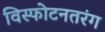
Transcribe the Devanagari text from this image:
विस्फोटनतरंग